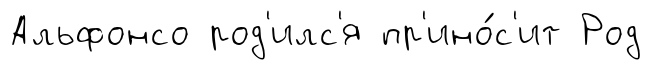
Альфонсо род'илс'я пр'ино́с'ит Род